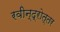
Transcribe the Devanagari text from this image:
रवीन्द्रोत्तर